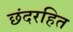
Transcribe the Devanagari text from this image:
छंदरहित